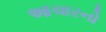
આચારનો